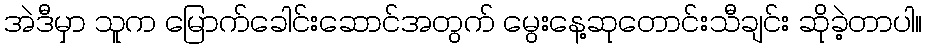
အဲဒီမှာ သူက မြောက်ခေါင်းဆောင်အတွက် မွေးနေ့ဆုတောင်းသီချင်း ဆိုခဲ့တာပါ။